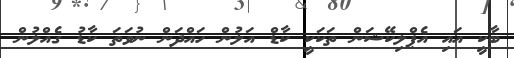
ބާކީ އައި އެޕްލިކޭޝަން ތަކަކީ ކާޑް އަލުން ހައްދަން ނުވަތަ ކާޑު ގެއްލުން